Document type: Grant
Year: 1301
Scribe: Berenguer de Terrassa
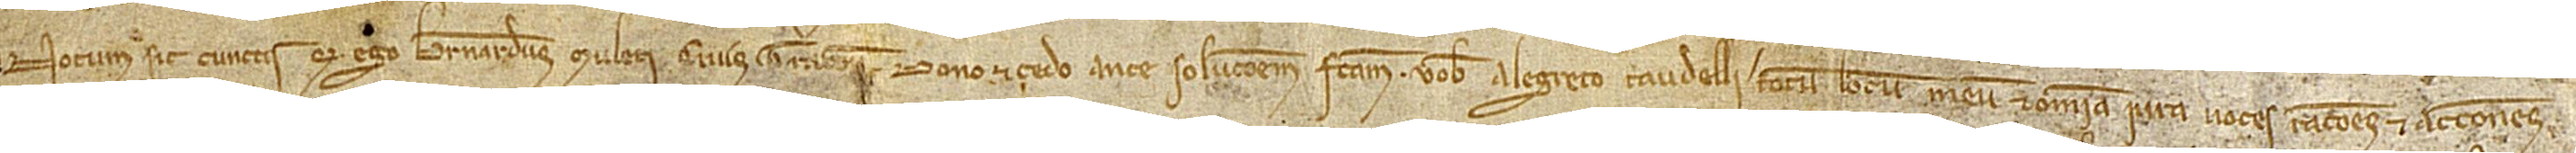
Notum sit cunctis quod ego Bernardus Muleti, civis Tarrachone, dono et cedo ante solutionem factam vobis Alegreto Taudelli totum locum meum et omnia iura, voces, rationes et actiones